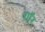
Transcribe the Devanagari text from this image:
शाॅर